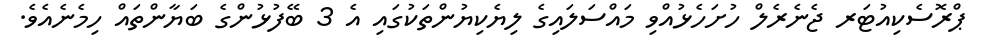
ޕްރޮސެކިއުޓަރ ޖެނެރެލް ހުށަހެޅުއްވި މައްސަލައިގެ ލިޔެކިޔުންތަކުގައި އެ 3 ބޭފުޅުންގެ ބަޔާންތައް ހިމެނެއެވެ.